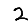
Digit: 2